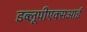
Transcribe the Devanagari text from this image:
डब्लूपीएक्सआई